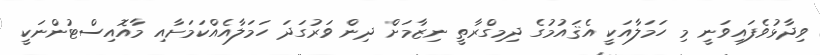
ވިދާޅުވެފައިވަނީ މި ހަމަލާއަކީ އެޤައުމުގެ ދިމިގްރާތީ ނިޒާމަށް ދިން ވަރުގަދަ ހަމަލާއެއްކަމަށާއި މާއޮއިސްޓުންނަކީ